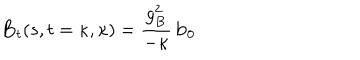
{ \mathbf B } _ { t } ( s , t = \kappa , \kappa ) = \frac { g _ { B } ^ { 2 } } { - \kappa } \, { \mathbf b } _ { 0 }